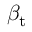
\beta _ { \mathrm { t } }